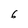
Character: 6